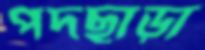
পদছাড়া